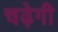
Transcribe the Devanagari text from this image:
चढ़ेगी